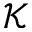
\mathcal K